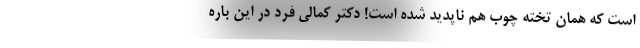
است که همان تخته چوب هم ناپدید شده است! دکتر کمالی فرد در این باره